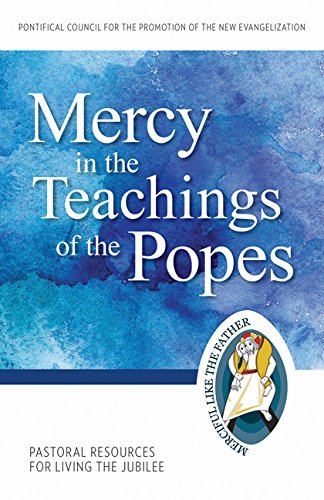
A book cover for Mercy in the Teachings of the Popes: Pastoral Resources for Living the Jubilee (Jubilee Year of Mercy); Pontifical Council for the Promotion of the New Evangelization; Christian Books & Bibles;